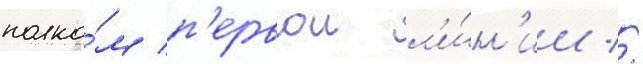
полко́м п'ервои л'и́н'ии //